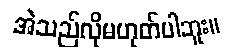
အဲသည်လိုမဟုတ်ပါဘူး။